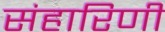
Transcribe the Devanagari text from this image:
संहारिणी